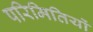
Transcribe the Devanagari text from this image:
परिमितियों